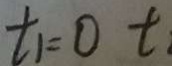
t _ { 1 } = 0 t